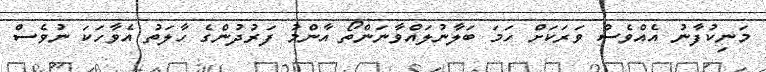
މަނިކުފާނު އެއްވެސް ވަރަކަށް ހަމަ ބަލާނުލައްވާނަންތޯ އާންމު ފަރުދުންގެ ހާލަތު އެވާހަކަ ނުވެސް